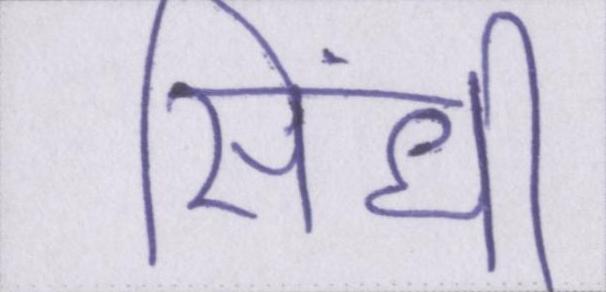
सिंधी